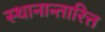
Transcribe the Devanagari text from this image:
स्थानान्तारित्त